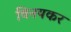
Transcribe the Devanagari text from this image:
विनयकर